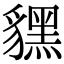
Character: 𧴔